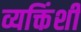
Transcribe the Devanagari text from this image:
व्यक्तिंशी